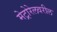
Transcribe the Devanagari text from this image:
मेट्रोरेलवरील